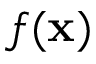
f ( \mathbf x )